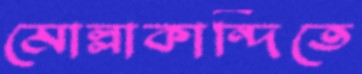
মোল্লাকান্দিতে